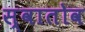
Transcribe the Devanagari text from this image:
स्वातोव